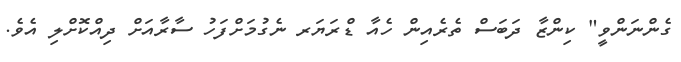
ގެންނަންވީ" ކިންޒާ ދަބަސް ތެރެއިން ހެއާ ޑްރަޔަރ ނެގުމަށްފަހު ސާރާއަށް ދިއްކޮށްލި އެވެ.